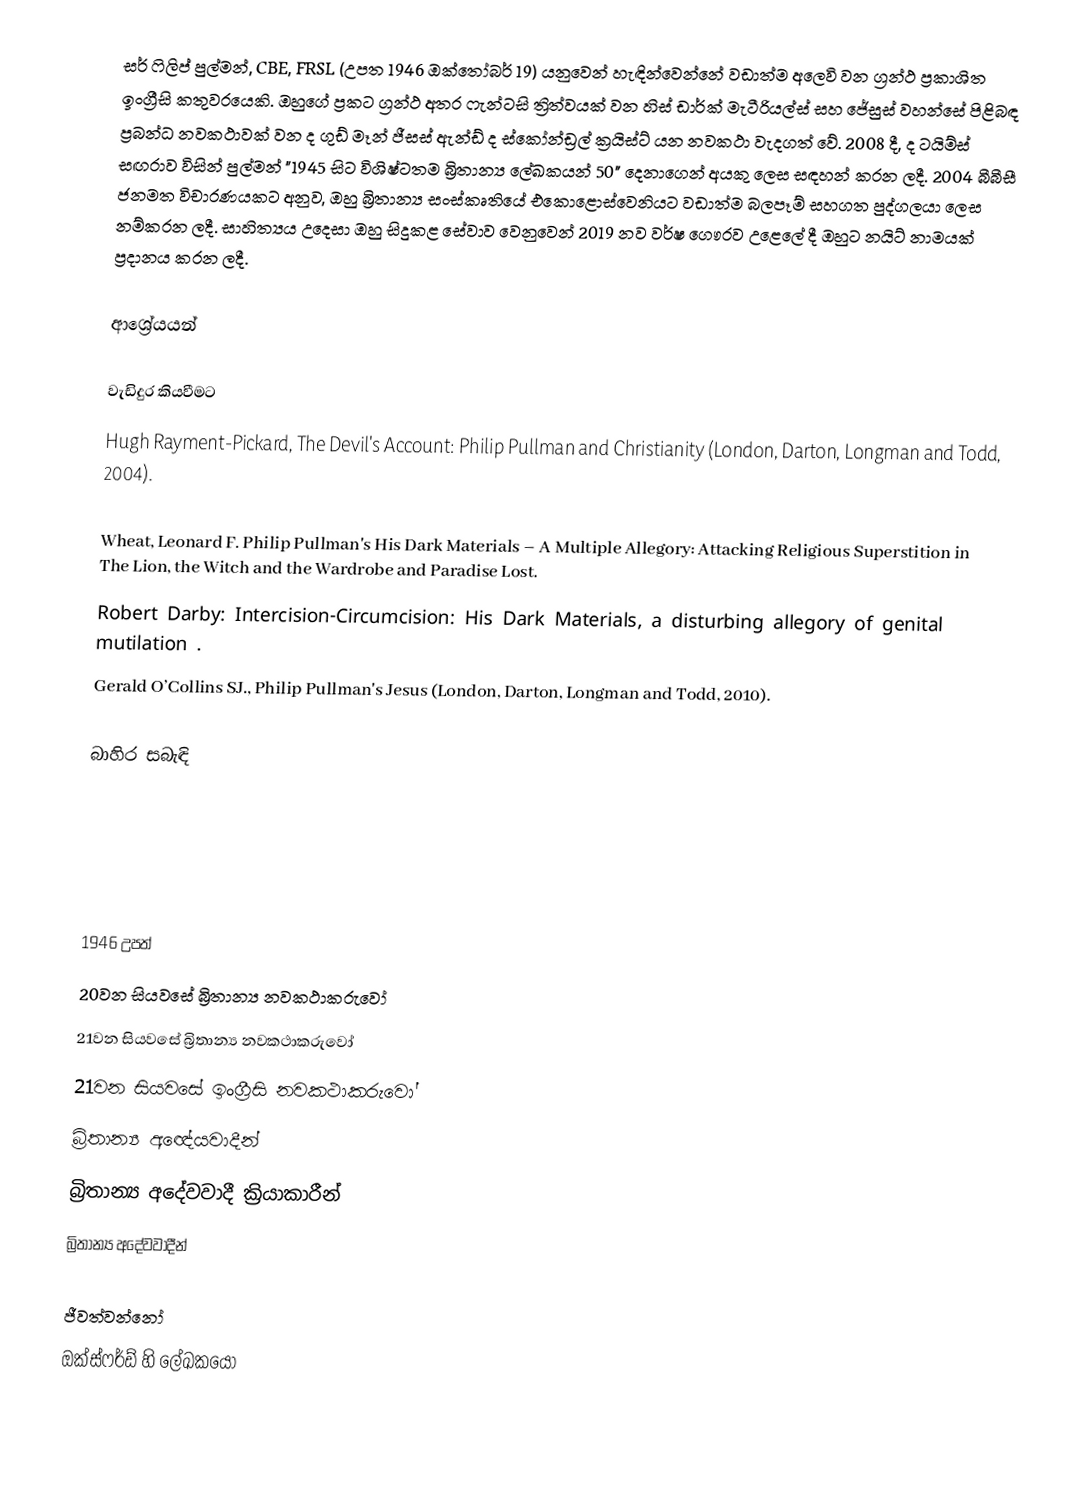
සර් ෆිලිප් පුල්මන්, CBE, FRSL (උපත 1946 ඔක්තෝබර් 19) යනුවෙන් හැඳින්වෙන්නේ වඩාත්ම අලෙවි වන ග්‍රන්ථ ප්‍රකාශිත ඉංග්‍රීසි කතුවරයෙකි. ඔහුගේ ප්‍රකට ග්‍රන්ථ අතර ෆැන්ටසි ත්‍රිත්වයක් වන හිස් ඩාර්ක් මැටීරියල්ස් සහ ජේසුස් වහන්සේ පිළිබඳ ප්‍රබන්ධ නවකථාවක් වන ද ගුඩ් මෑන් ජීසස් ඇන්ඩ් ද ස්කෝන්ඩ්‍රල් ක්‍රයිස්‍ට් යන නවකථා වැදගත් වේ. 2008 දී, ද ටයිම්ස් සඟරාව විසින් පුල්මන් "1945 සිට විශිෂ්ටතම බ්‍රිතාන්‍ය ලේඛකයන් 50" දෙනාගෙන් අයකු ලෙස සඳහන් කරන ලදී. 2004 බීබීසී ජනමත විචාරණයකට අනුව, ඔහු බ්‍රිතාන්‍ය සංස්කෘතියේ එකොළොස්වෙනියට වඩාත්ම බලපෑම් සහගත පුද්ගලයා ලෙස නම්කරන ලදී. සාහිත්‍යය උදෙසා ඔහු සිදුකළ සේවාව වෙනුවෙන් 2019 නව වර්ෂ ගෞරව උළෙලේ දී ඔහුට නයිට් නාමයක් ප්‍රදානය කරන ලදී.

ආශ්‍රේයයන්

වැඩිදුර කියවීමට
 Hugh Rayment-Pickard, The Devil's Account: Philip Pullman and Christianity (London, Darton, Longman and Todd, 2004).

 Wheat, Leonard F. Philip Pullman's His Dark Materials – A Multiple Allegory: Attacking Religious Superstition in The Lion, the Witch and the Wardrobe and Paradise Lost.
 Robert Darby: Intercision-Circumcision: His Dark Materials, a disturbing allegory of genital mutilation .
 Gerald O’Collins SJ., Philip Pullman's Jesus (London, Darton, Longman and Todd, 2010).

බාහිර සබැඳි

1946 උපත්
20වන සියවසේ බ්‍රිතාන්‍ය නවකථාකරුවෝ
21වන සියවසේ බ්‍රිතාන්‍ය නවකථාකරුවෝ
21වන සියවසේ ඉංග්‍රීසි නවකථාකරුවෝ
බ්‍රිතාන්‍ය අඥේයවාදීන්
බ්‍රිතාන්‍ය අදේවවාදී ක්‍රියාකාරීන්
බ්‍රිතාන්‍ය අදේවවාදීන්

ජීවත්වන්නෝ
ඔක්ස්ෆර්ඩ් හි ලේඛකයෝ